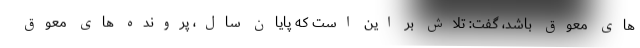
های معوق باشد، گفت: تلاش بر این است که پایان سال، پرونده های معوق